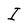
Character: I